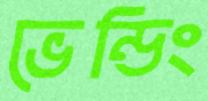
ভেন্ডিং